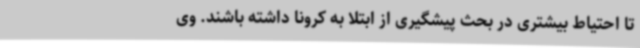
تا احتیاط بیشتری در بحث پیشگیری از ابتلا به کرونا داشته باشند. وی